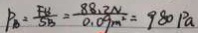
P _ { B } = \frac { F B } { S B } = \frac { 8 8 . 3 N } { 0 . 0 9 m ^ { 2 } } = 9 8 0 P a